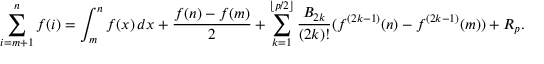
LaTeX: \sum _ { i = m + 1 } ^ { n } f ( i ) = \int _ { m } ^ { n } f ( x ) \, d x + { \frac { f ( n ) - f ( m ) } { 2 } } + \sum _ { k = 1 } ^ { \lfloor p / 2 \rfloor } { \frac { B _ { 2 k } } { ( 2 k ) ! } } ( f ^ { ( 2 k - 1 ) } ( n ) - f ^ { ( 2 k - 1 ) } ( m ) ) + R _ { p } .